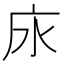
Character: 𢇤